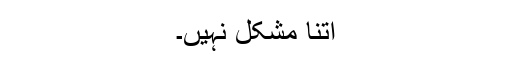
اتنا مشکل نہیں۔